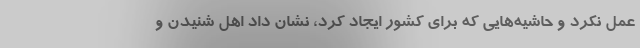
عمل نکرد و حاشیه‌هایی که برای کشور ایجاد کرد، نشان داد اهل شنیدن و